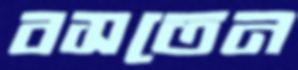
বসতেন